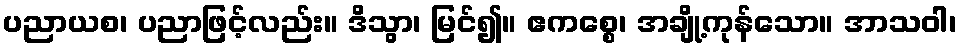
ပညာယစ၊ ပညာဖြင့်လည်း။ ဒိသွာ၊ မြင်၍။ ဧကစ္စေ၊ အချို့ကုန်သော။ အာသဝါ၊